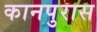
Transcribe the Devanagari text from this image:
कानपुरास